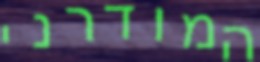
המודרני